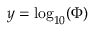
y = \log _ { 1 0 } ( \Phi )